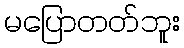
မပြောတတ်ဘူး